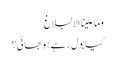
وما علینا الالبلاغ
کیا بول رہے ہو بھائی؟